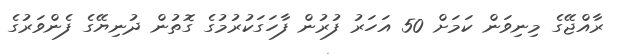
ރާއްޖޭގެ މިނިވަން ކަމަށް 50 އަހަރު ފުރުން ފާހަގަކުރުމުގެ ގޮތުން ދުނިޔޭގެ ފެންވަރުގެ